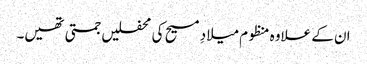
ان کے علاوہ منظوم میلادِ مسیح کی محفلیں جمتی تھیں۔